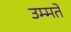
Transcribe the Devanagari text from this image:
उम्मते